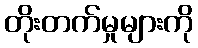
တိုးတက်မှုများကို